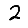
Digit: 2